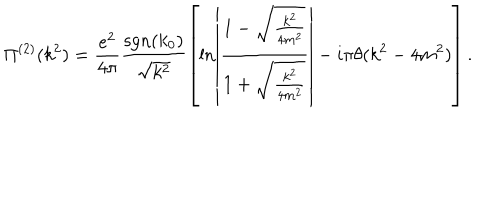
\Pi ^ { ( 2 ) } ( k ^ { 2 } ) = \frac { e ^ { 2 } } { 4 \pi } \frac { \mathrm { s g n } ( k _ { 0 } ) } { \sqrt { k ^ { 2 } } } \left[ \ln \left| \frac { 1 - \sqrt { \frac { k ^ { 2 } } { 4 m ^ { 2 } } } } { 1 + \sqrt { \frac { k ^ { 2 } } { 4 m ^ { 2 } } } } \right| - i \pi \theta ( k ^ { 2 } - 4 m ^ { 2 } ) \right] .